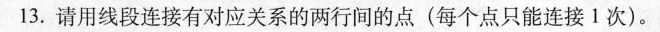
13.请用线段连接有对应关系的两行间的点(每个点只能连接1次)。